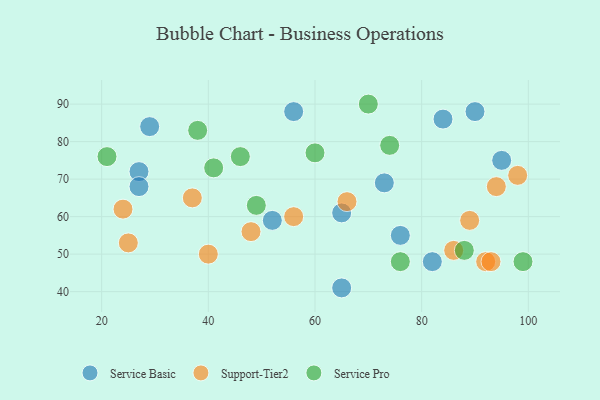
{"axis": {"x": "GDP", "y": "Life Expectancy"}, "legend": ["Service Basic", "Service Pro", "Support-Tier2"], "data": [{"x": "65", "y": 41, "type": "Service Basic"}, {"x": "52", "y": 59, "type": "Service Basic"}, {"x": "29", "y": 84, "type": "Service Basic"}, {"x": "65", "y": 61, "type": "Service Basic"}, {"x": "84", "y": 86, "type": "Service Basic"}, {"x": "95", "y": 75, "type": "Service Basic"}, {"x": "73", "y": 69, "type": "Service Basic"}, {"x": "90", "y": 88, "type": "Service Basic"}, {"x": "56", "y": 88, "type": "Service Basic"}, {"x": "27", "y": 72, "type": "Service Basic"}, {"x": "82", "y": 48, "type": "Service Basic"}, {"x": "27", "y": 68, "type": "Service Basic"}, {"x": "76", "y": 55, "type": "Service Basic"}, {"x": "25", "y": 53, "type": "Support-Tier2"}, {"x": "86", "y": 51, "type": "Support-Tier2"}, {"x": "48", "y": 56, "type": "Support-Tier2"}, {"x": "40", "y": 50, "type": "Support-Tier2"}, {"x": "94", "y": 68, "type": "Support-Tier2"}, {"x": "66", "y": 64, "type": "Support-Tier2"}, {"x": "98", "y": 71, "type": "Support-Tier2"}, {"x": "92", "y": 48, "type": "Support-Tier2"}, {"x": "93", "y": 48, "type": "Support-Tier2"}, {"x": "89", "y": 59, "type": "Support-Tier2"}, {"x": "24", "y": 62, "type": "Support-Tier2"}, {"x": "37", "y": 65, "type": "Support-Tier2"}, {"x": "56", "y": 60, "type": "Support-Tier2"}, {"x": "46", "y": 76, "type": "Service Pro"}, {"x": "60", "y": 77, "type": "Service Pro"}, {"x": "88", "y": 51, "type": "Service Pro"}, {"x": "76", "y": 48, "type": "Service Pro"}, {"x": "41", "y": 73, "type": "Service Pro"}, {"x": "74", "y": 79, "type": "Service Pro"}, {"x": "70", "y": 90, "type": "Service Pro"}, {"x": "49", "y": 63, "type": "Service Pro"}, {"x": "38", "y": 83, "type": "Service Pro"}, {"x": "99", "y": 48, "type": "Service Pro"}, {"x": "21", "y": 76, "type": "Service Pro"}]}